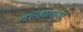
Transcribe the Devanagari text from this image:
करदातायों